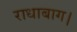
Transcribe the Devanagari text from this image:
राधाबाग।